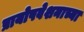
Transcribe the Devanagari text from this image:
प्रायोपवेशनाच्या